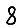
Digit: 8